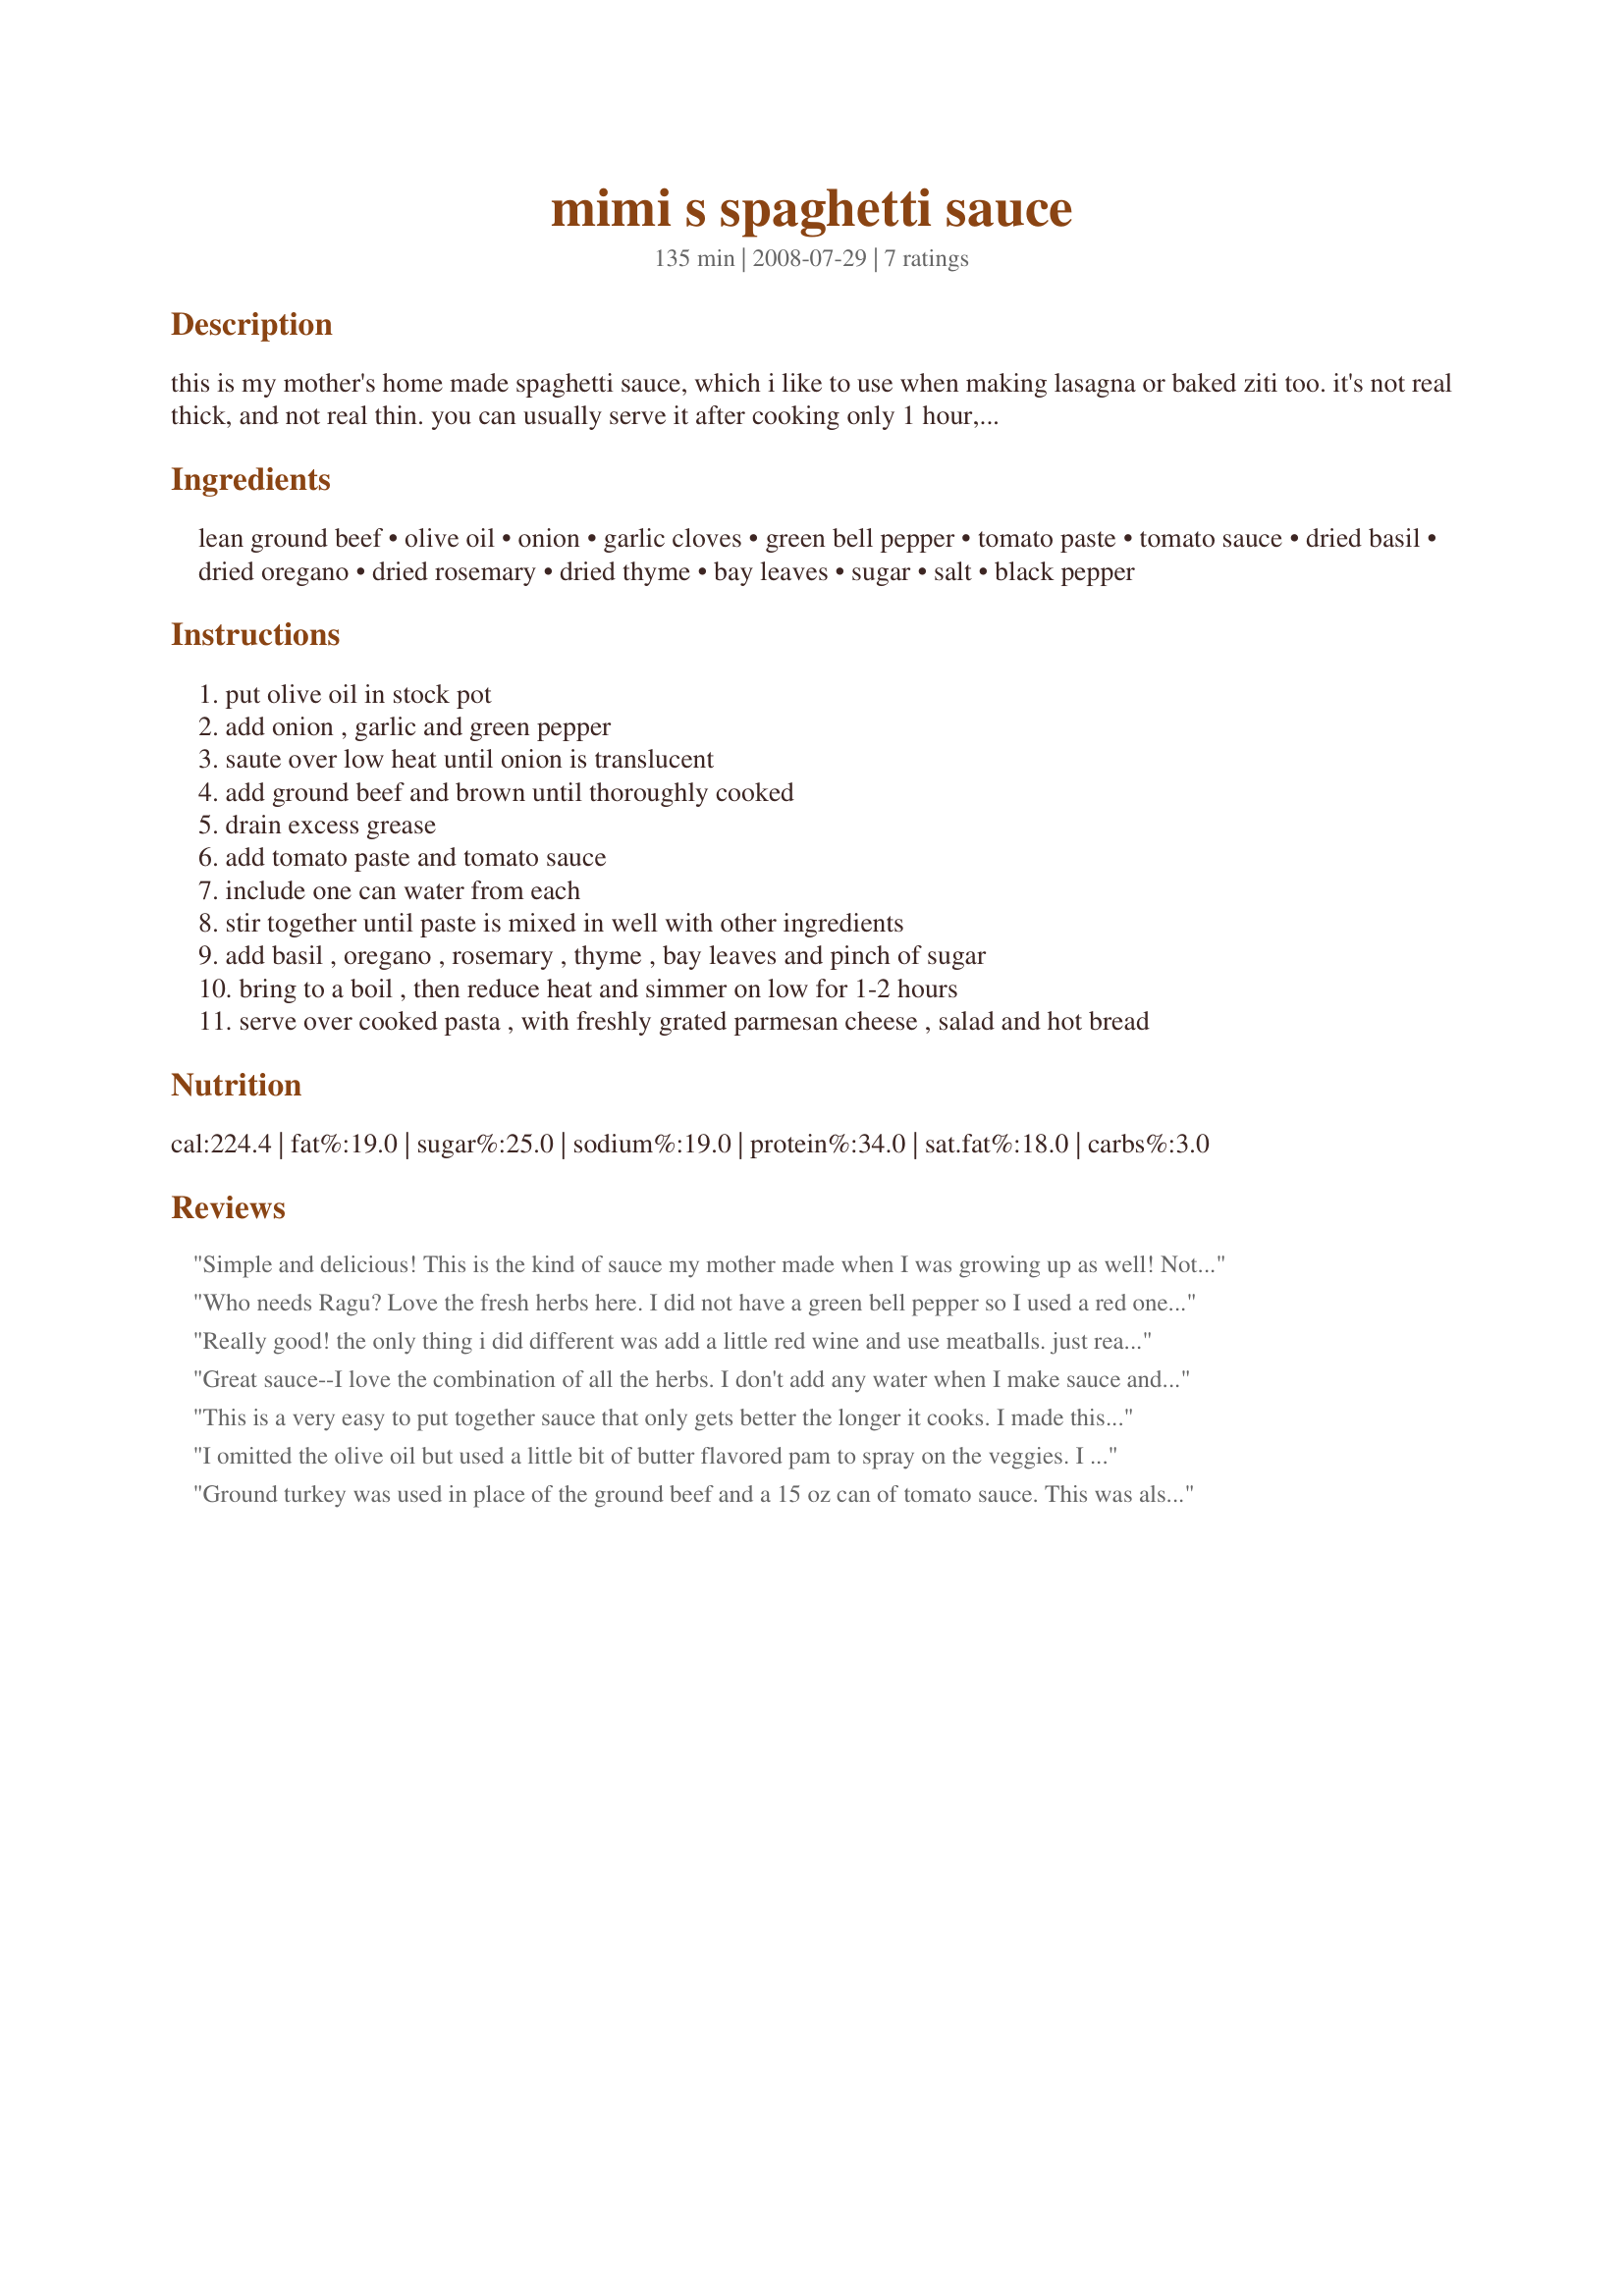
mimi s spaghetti sauce
Preparation time: 135 minutes

this is my mother's home made spaghetti sauce, which i like to use when making lasagna or baked ziti too. it's not real thick, and not real thin. you can usually serve it after cooking only 1 hour, but additional time brings out the taste better. the only alteration i made to mimi's recipe is i added chopped green pepper for dh. you can also make it with ground buffalo or ground turkey for a leaner version.

Ingredients:
lean ground beef, olive oil, onion, garlic cloves, green bell pepper, tomato paste, tomato sauce, dried basil, dried oregano, dried rosemary, dried thyme, bay leaves, sugar, salt, black pepper

Steps:
put olive oil in stock pot
add onion , garlic and green pepper
saute over low heat until onion is translucent
add ground beef and brown until thoroughly cooked
drain excess grease
add tomato paste and tomato sauce
include one can water from each
stir together until paste is mixed in well with other ingredients
add basil , oregano , rosemary , thyme , bay leaves and pinch of sugar
bring to a boil , then reduce heat and simmer on low for 1-2 hours
serve over cooked pasta , with freshly grated parmesan cheese , salad and hot bread

Reviews:
Simple and delicious! This is the kind of sauce my mother made when I was growing up as well! Not surprising that great moms think alike, and they know exactly what kind of food stands for comfort and home. Thank you for sharing, and thanks to all the moms out there as well. ~Sue
Who needs Ragu? Love the fresh herbs here. I did not have a green bell pepper so I used a red one that I had that needed to get used before it turned. I simmered it on the stove as directed and the house smelled wonderful. It greeted dh at the door who commented how nice it was to come home to such a wonderful aroma. Made this with ground turkey so it was healthier. Thanks for a great recipe!
Really good! the only thing i did different was add a little red wine and use meatballs. just really good simple sauce!
Great sauce--I love the combination of all the herbs. I don't add any water when I make sauce and it worked out well with this recipie; nice and thick.
This is a very easy to put together sauce that only gets better the longer it cooks. I made this in my slow cooker and cooked together with turkey meatballs, also added 2 zucchini and 1/2 cup chopped carrots. Delicious meal on a busy night! Thank you FN! This is a keeper!
I omitted the olive oil but used a little bit of butter flavored pam to spray on the veggies. I used one small green bell pepper and one small red bell pepper. I added a package of fresh mushrooms, sliced cause I love mushrooms in a spaghetti sauce. This is delicious. It was my first time adding water to a spaghetti sauce. It was great. Thanks FloridaNative. Made for Holiday tag
Ground turkey was used in place of the ground beef and a 15 oz can of tomato sauce. This was also cooked all day in the crock pot and used to make skillet lasagna. Very good and simple. Made for *PAC Spring 2009*
